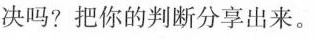
决吗?把你的判断分享出来。